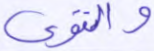
والتقوى